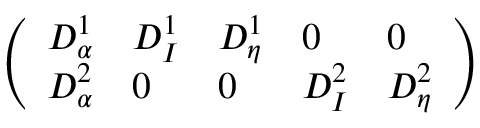
\left( \begin{array} { l l l l l } { D _ { \alpha } ^ { 1 } } & { D _ { I } ^ { 1 } } & { D _ { \eta } ^ { 1 } } & { 0 } & { 0 } \\ { D _ { \alpha } ^ { 2 } } & { 0 } & { 0 } & { D _ { I } ^ { 2 } } & { D _ { \eta } ^ { 2 } } \end{array} \right)